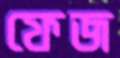
ফেজ